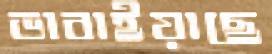
ভাবাইয়াছে